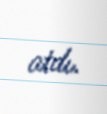
atdı.